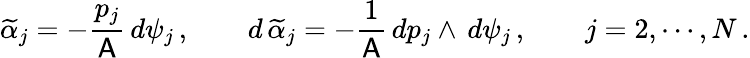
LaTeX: \widetilde{\alpha}_{j}=-\frac{p_{j}}{\mathsf{A}}\, d\psi_{j}\, ,\qquad d\, \widetilde{\alpha}_{j}=-\frac{1}{\mathsf{A}}\, dp_{j}\wedge\, d\psi_{j}\, ,\qquad j=2,\cdots,N\, .